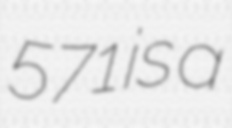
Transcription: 571 is a